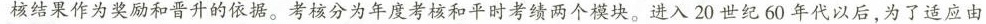
核结果作为奖励和晋升的依据。考核分为年度考核和平时考绩两个模块。进入20世纪60年代以后，为了适应由